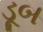
ડૂબ